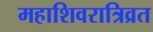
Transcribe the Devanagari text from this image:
महाशिवरात्रिव्रत